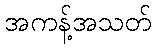
အကန့်အသတ်